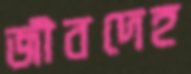
জীবদেহ